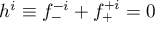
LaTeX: h ^ { i } \equiv f _ { - } ^ { - i } + f _ { + } ^ { + i } = 0